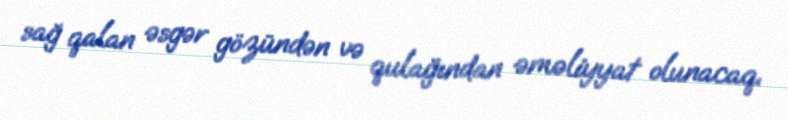
sağ qalan əsgər gözündən və qulağından əməliyyat olunacaq.